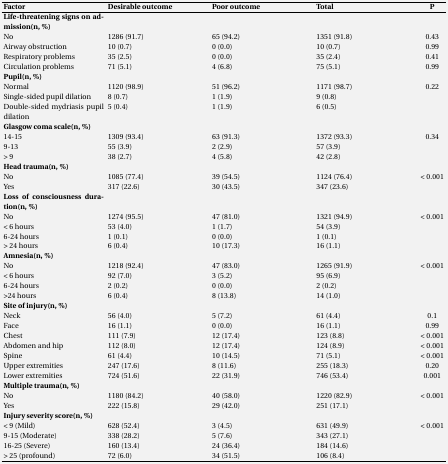
<table><thead><tr><td><b>Factor </b></td><td><b>Desirable outcome</b></td><td><b>Poor outcome</b></td><td><b>Total</b></td><td><b>P</b></td></tr></thead><tbody><tr><td colspan="2">Life-threatening signs on admission (n, %)</td><td></td><td></td><td></td></tr><tr><td><b>No</b></td><td>1286 (91.7)</td><td>65 (94.2)</td><td>1351 (91.8)</td><td>0.43</td></tr><tr><td><b>Airway obstruction</b></td><td>10 (0.7)</td><td>0 (0.0)</td><td>10 (0.7)</td><td>0.99</td></tr><tr><td><b>Respiratory problems</b></td><td>35 (2.5)</td><td>0 (0.0)</td><td>35 (2.4)</td><td>0.41</td></tr><tr><td><b>Circulation problems</b></td><td>71 (5.1)</td><td>4 (6.8)</td><td>75 (5.1)</td><td>0.99</td></tr><tr><td>Pupil (n, %)</td><td></td><td></td><td></td><td></td></tr><tr><td><b>Normal</b></td><td>1120 (98.9)</td><td>51 (96.2)</td><td>1171 (98.7)</td><td>0.22</td></tr><tr><td><b>Single-sided pupil dilation</b></td><td>8 (0.7)</td><td>1 (1.9)</td><td>9 (0.8)</td><td></td></tr><tr><td><b>Double-sided mydriasis pupil dilation</b></td><td>5 (0.4)</td><td>1 (1.9)</td><td>6 (0.5)</td><td></td></tr><tr><td>Glasgow coma scale (n, %)</td><td></td><td></td><td></td><td></td></tr><tr><td><b>14-15</b></td><td>1309 (93.4)</td><td>63 (91.3)</td><td>1372 (93.3)</td><td>0.34</td></tr><tr><td><b>9-13</b></td><td>55 (3.9)</td><td>2 (2.9)</td><td>57 (3.9)</td><td></td></tr><tr><td><b>&gt; 9</b></td><td>38 (2.7)</td><td>4 (5.8)</td><td>42 (2.8)</td><td></td></tr><tr><td>Head trauma (n, %)</td><td></td><td></td><td></td><td></td></tr><tr><td><b>No</b></td><td>1085 (77.4)</td><td>39 (54.5)</td><td>1124 (76.4)</td><td>&lt; 0.001</td></tr><tr><td><b>Yes</b></td><td>317 (22.6)</td><td>30 (43.5)</td><td>347 (23.6)</td><td></td></tr><tr><td colspan="2">Loss of consciousness duration (n, %)</td><td></td><td></td><td></td></tr><tr><td><b>No</b></td><td>1274 (95.5)</td><td>47 (81.0)</td><td>1321 (94.9)</td><td>&lt; 0.001</td></tr><tr><td><b>&lt; 6 hours</b></td><td>53 (4.0)</td><td>1 (1.7)</td><td>54 (3.9)</td><td></td></tr><tr><td><b>6-24 hours</b></td><td>1 (0.1)</td><td>0 (0.0)</td><td>1 (0.1)</td><td></td></tr><tr><td><b>&gt; 24 hours</b></td><td>6 (0.4)</td><td>10 (17.3)</td><td>16 (1.1)</td><td></td></tr><tr><td>Amnesia (n, %)</td><td></td><td></td><td></td><td></td></tr><tr><td><b>No </b></td><td>1218 (92.4)</td><td>47 (83.0)</td><td>1265 (91.9)</td><td>&lt; 0.001</td></tr><tr><td><b>&lt; 6 hours</b></td><td>92 (7.0)</td><td>3 (5.2)</td><td>95 (6.9)</td><td></td></tr><tr><td><b>6-24 hours</b></td><td>2 (0.2)</td><td>0 (0.0)</td><td>2 (0.2)</td><td></td></tr><tr><td><b>&gt;24 hours</b></td><td>6 (0.4)</td><td>8 (13.8)</td><td>14 (1.0)</td><td></td></tr><tr><td>Site of injury (n, %)</td><td></td><td></td><td></td><td></td></tr><tr><td><b>Neck </b></td><td>56 (4.1)</td><td>5 (7.2)</td><td>61 (4.4)</td><td>0.1</td></tr><tr><td><b>Face </b></td><td>16 (1.2)</td><td>0 (0.0)</td><td>16 (1.1)</td><td>0.99</td></tr><tr><td><b>Chest </b></td><td>111 (8.4)</td><td>12 (17.4)</td><td>123 (8.8)</td><td>&lt; 0.001</td></tr><tr><td><b>Abdomen and hip</b></td><td>112 (8.5)</td><td>12 (17.4)</td><td>124 (8.9)</td><td>&lt; 0.001</td></tr><tr><td><b>Spine </b></td><td>61 (4.6)</td><td>10 (14.5)</td><td>71 (5.1)</td><td>&lt; 0.001</td></tr><tr><td><b>Upper extremities</b></td><td>247 (18.6)</td><td>8 (11.6)</td><td>255 (18.3)</td><td>0.20</td></tr><tr><td><b>Lower extremities</b></td><td>724 (54.6)</td><td>22 (31.9)</td><td>746 (53.4)</td><td>0.001</td></tr><tr><td>Multiple trauma (n, %)</td><td></td><td></td><td></td><td></td></tr><tr><td><b>No</b></td><td>1180 (84.2)</td><td>40 (58.0)</td><td>1220 (82.9)</td><td>&lt; 0.001</td></tr><tr><td><b>Yes</b></td><td>222 (15.8)</td><td>29 (42.0)</td><td>251 (17.1)</td><td></td></tr><tr><td>Injury severity score (n, %)</td><td></td><td></td><td></td><td></td></tr><tr><td><b>&lt; 9 (Mild)</b></td><td>628 (52.4)</td><td>3 (4.5)</td><td>631 (49.9)</td><td>&lt; 0.001</td></tr><tr><td><b>9-15 (Moderate)</b></td><td>338 (28.2)</td><td>5 (7.6)</td><td>343 (27.1)</td><td></td></tr><tr><td><b>16-25 (Severe)</b></td><td>160 (13.4)</td><td>24 (36.4)</td><td>184 (14.6)</td><td></td></tr><tr><td><b>&gt; 25 (profound)</b></td><td>72 (6.0)</td><td>34 (51.5)</td><td>106 (8.4)</td><td></td></tr></tbody></table>